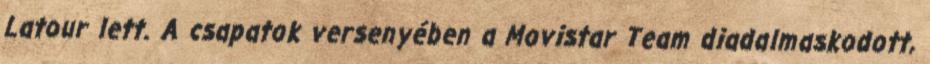
Latour lett. A csapatok versenyében a Movistar Team diadalmaskodott,